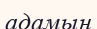
адамын